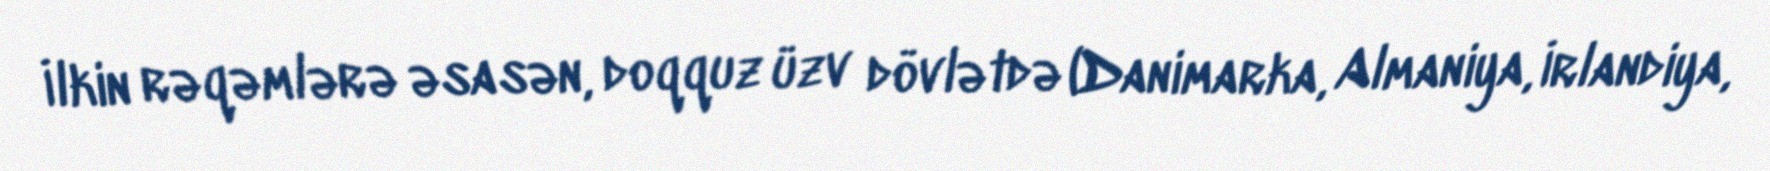
İlkin rəqəmlərə əsasən, doqquz üzv dövlətdə (Danimarka, Almaniya, İrlandiya,